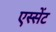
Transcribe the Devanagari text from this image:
एस्सेंट